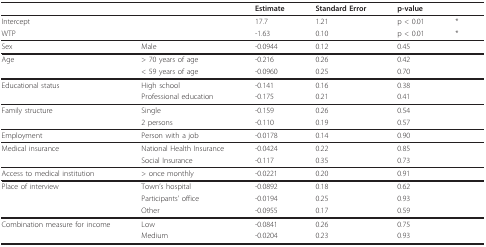
|  |  | Estimate | Standard Error | p-value |  |
 | --- | --- | --- | --- | --- | --- |
 | <COLSPAN=2> Intercept | 17.7 | 1.21 | p < 0.01 | * |
 | <COLSPAN=2> WTP | -1.63 | 0.10 | p < 0.01 | * |
 | Sex | Male | -0.0944 | 0.12 | 0.45 |  |
 | Age | > 70 years of age | -0.216 | 0.26 | 0.42 |  |
 |  | < 59 years of age | -0.0960 | 0.25 | 0.70 |  |
 | Educational status | High school | -0.141 | 0.16 | 0.38 |  |
 |  | Professional education | -0.175 | 0.21 | 0.41 |  |
 | Family structure | Single | -0.159 | 0.26 | 0.54 |  |
 |  | 2 persons | -0.110 | 0.19 | 0.57 |  |
 | Employment | Person with a job | -0.0178 | 0.14 | 0.90 |  |
 | Medical insurance | National Health Insurance | -0.0424 | 0.22 | 0.85 |  |
 |  | Social Insurance | -0.117 | 0.35 | 0.73 |  |
 | Access to medical institution | > once monthly | -0.0221 | 0.20 | 0.91 |  |
 | Place of interview | Town's hospital | -0.0892 | 0.18 | 0.62 |  |
 |  | Participants' office | -0.0194 | 0.25 | 0.93 |  |
 |  | Other | -0.0955 | 0.17 | 0.59 |  |
 | Combination measure for income | Low | -0.0841 | 0.26 | 0.75 |  |
 |  | Medium | -0.0204 | 0.23 | 0.93 |  |